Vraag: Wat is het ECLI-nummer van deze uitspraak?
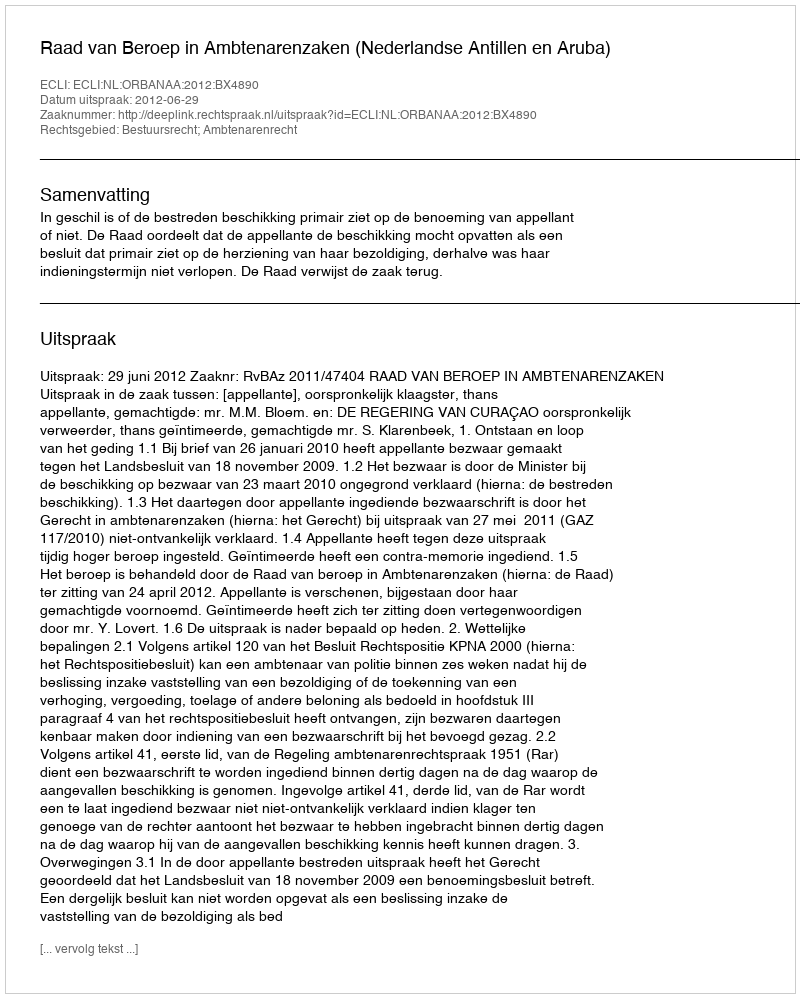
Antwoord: ECLI:NL:ORBANAA:2012:BX4890